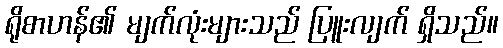
ရိုစာဟန်၏ မျက်လုံးများသည် ပြူးလျက် ရှိသည်။